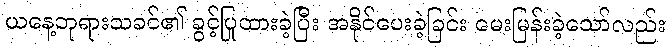
ယနေ့ဘုရားသခင်၏ ခွင့်ပြုထားခဲ့ပြီး အနိုင်ပေးခဲ့ခြင်း မေးမြန်းခဲ့သော်လည်း